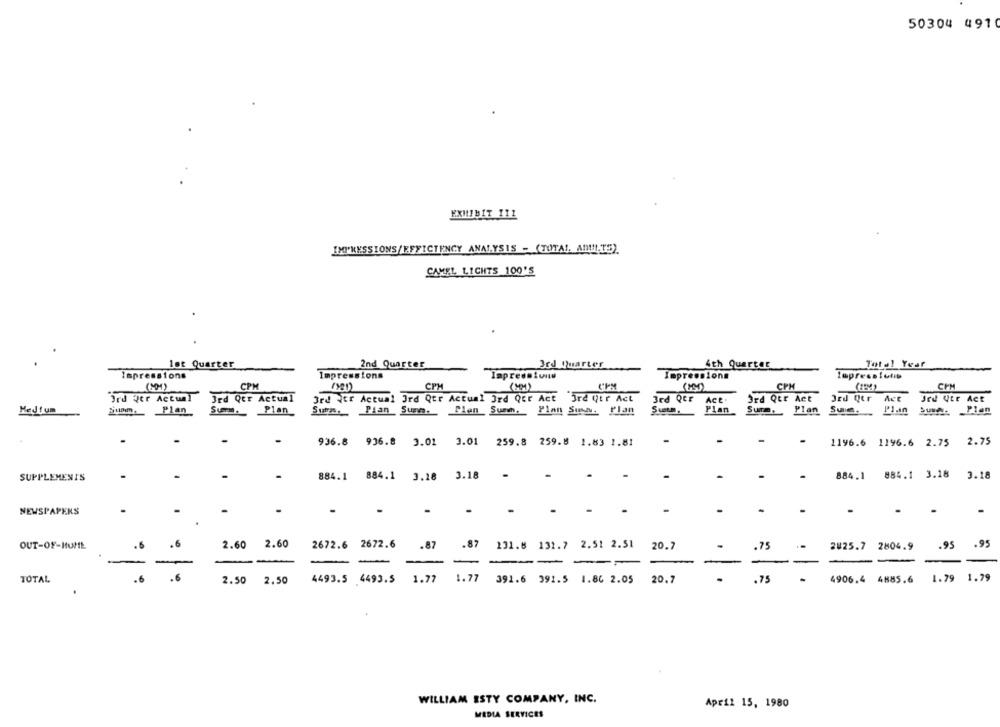
50304 491
EXHIBIT ILL
IMPRESSIONS/EFFICIENCY ANALYSIS - (TOTAL, ADMITE)
CAMEL LICHTS 100'S
let Quarter
2nd Quarter
3rd Quarter
4th Quarter
Total Year
Impressions
Impressions
Impression
Impressions
(MM)
CPM
CPH
(MM)
CPH
CPM
Ord Qtr Actul
3rd Qtr Actual
3rd Qtr Actual Ird Qtr Actual 3rd Que Act Ird Qtr Act
3rd Qtr
Act
Ord Qtr Act
Jed Qtr Act
Jed Utr Act
Med fum
jun ._ Plan
Summ ._ Plan
Sur. Plan Such.Plen Sunn. Plan Susa. Plan
Plan
Summ, Plan Sung.
Plan
Sun- Plan
936.8 936.8 3.01 3.01 259.8 259.8 1.83 1.81
1196.6 1196.6 2.75
2.75
SUPPLEMENTS
884.1
884.1
3.18 3.18
884.1
884.1 3.18
3.18
-
.
NEWSPAPERS
-
-
-
-
.
OUT-OF-ItuHE
2.60
2.60
2672.6 2672.6
.87
.87
131.8 132.7 2.51 2.51
20.7
.75
2804.9
.95
.95
2025.7
-
-
TOTAL
2.50
2.50
4493.5 4493.5 1.77
1.77
391.6 391.5 1.86 2.05
20.7
.75
4906.4 4885.6
1.79 1.79
WILLIAM ESTY COMPANY, INC.
April 15, 1980
MEDIA SERVICES